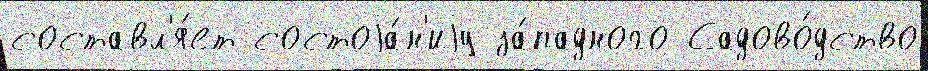
составл'я́ет состоjа́н'иjу за́падного Садово́дство